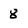
Character: 8